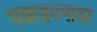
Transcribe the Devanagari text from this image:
पकडण्यावर